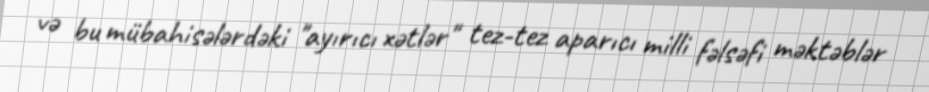
və bu mübahisələrdəki "ayırıcı xətlər" tez-tez aparıcı milli fəlsəfi məktəblər